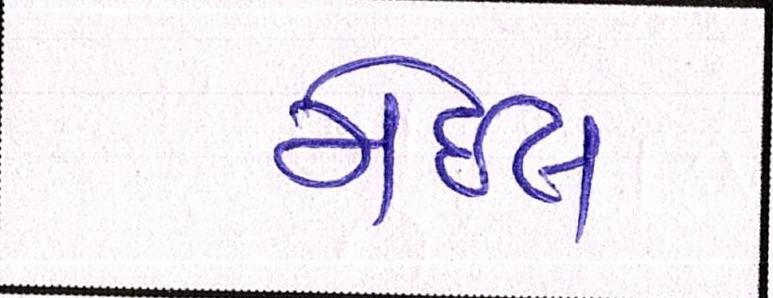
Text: મેઈલ